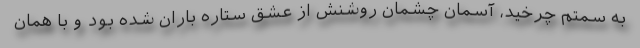
به سمتم چرخید، آسمان چشمان روشنش از عشق ستاره باران شده بود و با همان